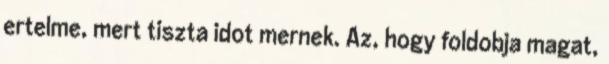
ertelme, mert tiszta idot mernek. Az, hogy foldobja magat,